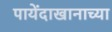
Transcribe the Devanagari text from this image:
पायेंदाखानाच्या